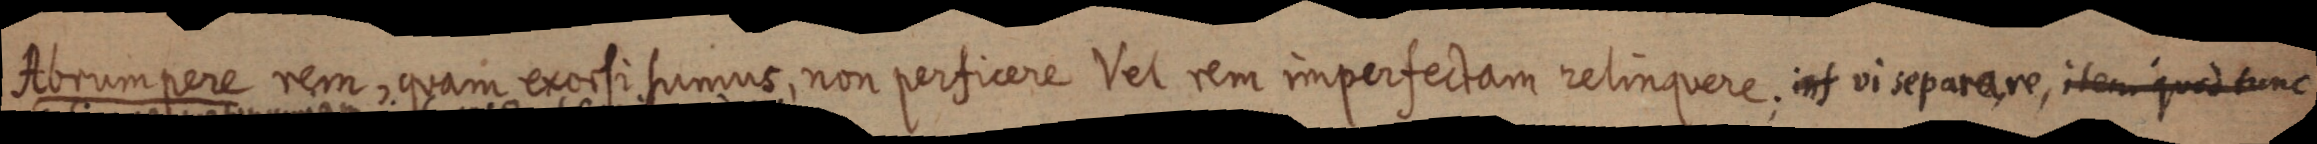
orumpere nem quam excili sumune, non persicere tet rem imperfediam relimpuere. at vinepurare, ilem quidtint